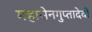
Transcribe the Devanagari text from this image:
महासेनगुप्तादेवी